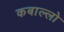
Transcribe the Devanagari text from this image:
कबाल्लो